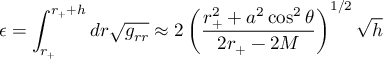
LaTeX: \epsilon = \int _ { r _ { + } } ^ { r _ { + } + h } d r \sqrt { g _ { r r } } \approx 2 \left( \frac { r _ { + } ^ { 2 } + a ^ { 2 } \cos ^ { 2 } \theta } { 2 r _ { + } - 2 M } \right) ^ { 1 / 2 } \sqrt { h }